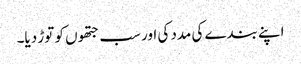
اپنے بندے کی مدد کی اور سب جتھوں کو توڑ دیا۔